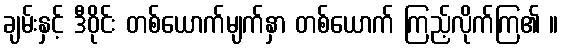
ချမ်းနှင့် ဒီဝိုင်း တစ်ယောက်မျက်နှာ တစ်ယောက် ကြည့်လိုက်ကြ၏ ။